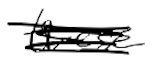
Text: these
Cross-out: scratch
Writing tool: digital_black